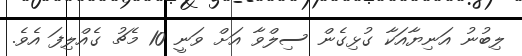
ލިބުނު އަނިޔާއަކާ ގުޅިގެން ސިލްވާ އަށް ވަނީ 10 މެޗު ގެއްލިފަ އެވެ.